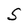
Character: S